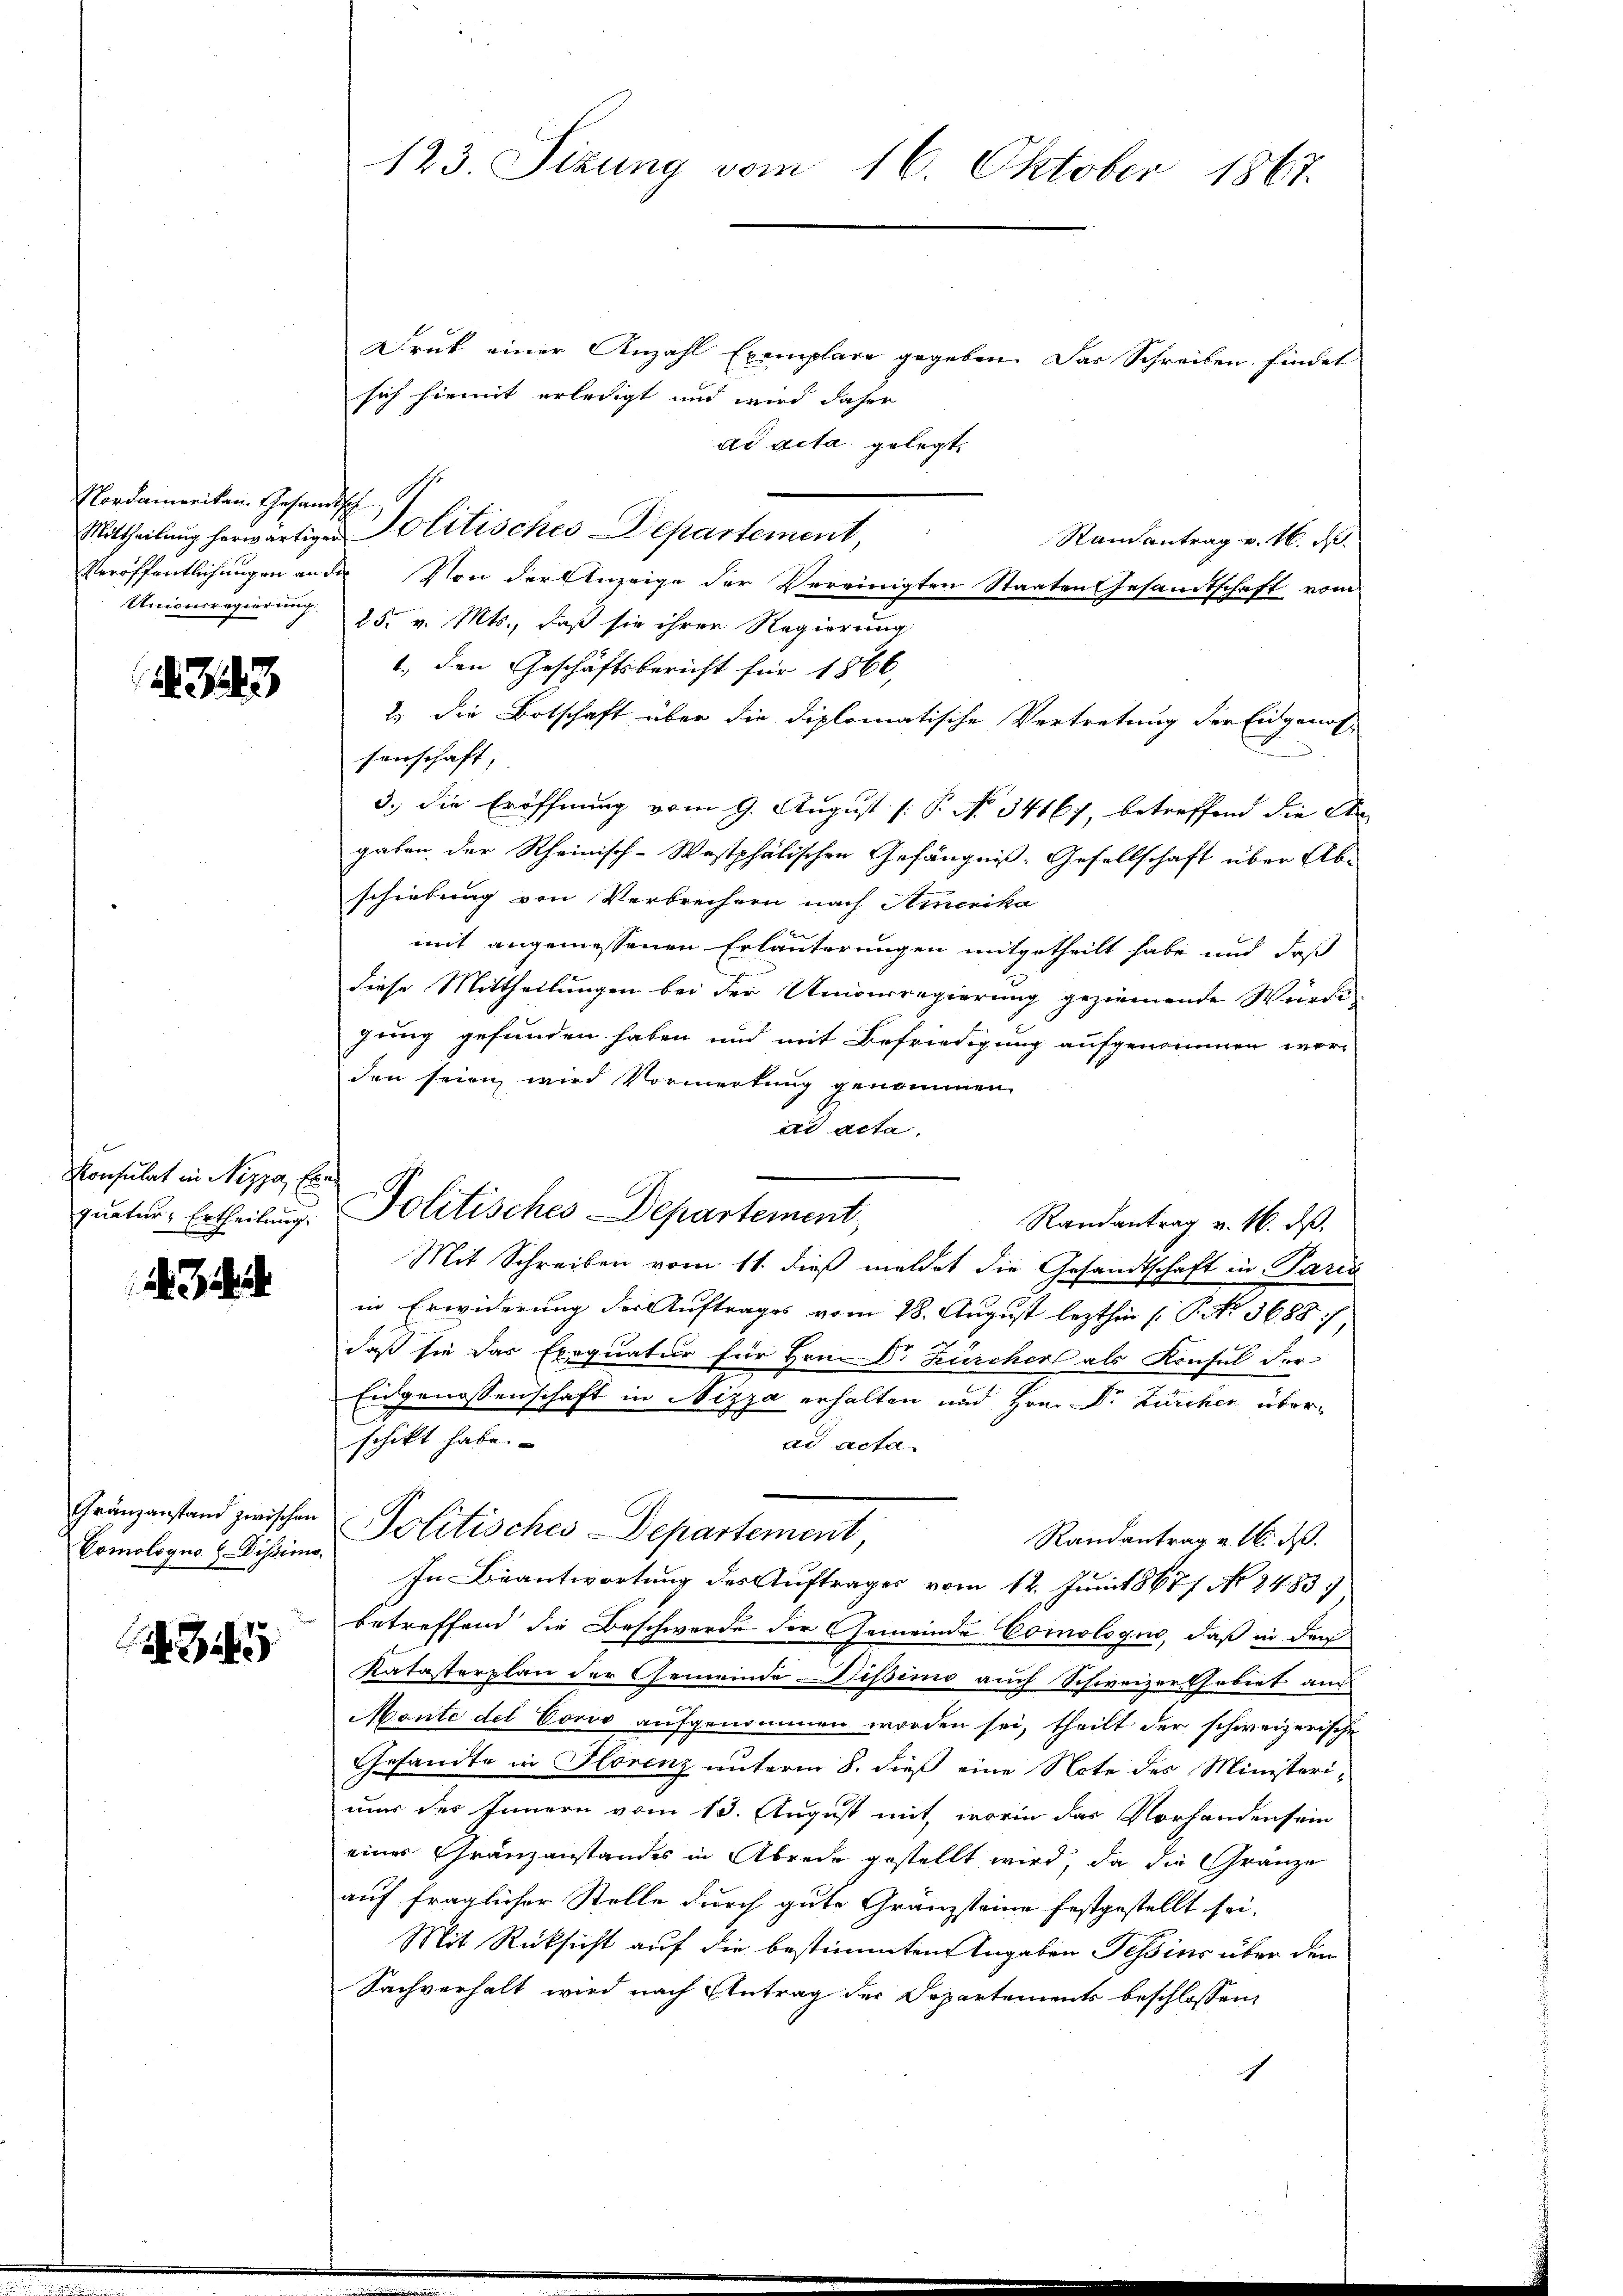
Nordamerikan. Gesandtsch
Unionsregierung

343

Konsulat in Nizza Eben

3

Comologne Dissimo.

Druck einer Anzahl Exemplare gegeben. Das Schreiben findet
sich hiemit erledigt und wird daher
ad acta gelegt,
Ramantrag v. 16. d.
Veröffentlichungen an der Von der Anzeige der Vereinigten Staaten Gesandtschaft vom
25. v. Mts., daß sie ihrer Regierung
1., den Geschäftsbericht für 1866,
2. die Botschaft über die diplomatische Vertretung der Eidgenos-
senschaft;
3.) Die Eröffnung vom 9. August [ P. No. 34167, betreffend die An
gaben der Rheinisch-Westphalischen Gefängniß-Gesellschaft über Ab-
schiebung von Verbrechern nach Amerika
mit angemessenen Erläuterungen mitgetheilt habe und daß
diese Mittheilungen bei der Univerregierung geziemende Würdigung gefunden haben und mit Befriedigung aufgenommen worden seien wird Vormerkung genommen
ad acta.
e
Randantrag v. 4. ds.
Mit Schreiben vom 11. dieß meldet die Gesandtschaft in Paris
in Erwiderung der Auftrages vom 28. August lezthin (: P. Nr. 3688/
daß sie das Exequatur für Hrn. Dr. Zürcher als Konsul Fer-
Eingenossenschaft in Nizza erhalten und Hrn. Dr Zürchen überschickt habe.
ad acta
Gränzanstand zwischen Politisches Departement,
Randantrag u. ds.
In Beantwortung des Auftrages vom 12. Juni 1867/ No 2483.
betreffend die Beschwerde der Gemeinde Comologus, daß in der
Katasterplan der Gemeinde Dissimo auch Schweizer Gebiet auch
Monte der Corvo aufgenommen worden sei, theilt der schweizerische
Gesandte in Florenz unterm 8. dieß eine Note des Ministerinur des Innern vom 13. August mit, worin das Vorhandensein
eines Granzanstandes in Abrede gestellt wird, da die Gränze
auf fraglicher Stelle durch gute Gränzsteine festgestellt sei.
Mit Rücksicht auf die bestimmten Angaben Tessins über den
Sachverhalt wird nach Eintrag der Departements beschlossen,

123. Sizung vom 16. Oktober 1867.

Mittheilung herwärtigen Molitisches Departement,

quaten-Ertheilung. Politisches Departement,